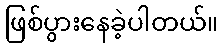
ဖြစ်ပွားနေခဲ့ပါတယ်။